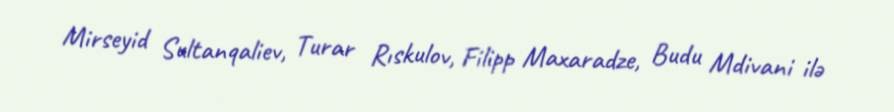
Mirseyid Sultanqaliev, Turar Rıskulov, Filipp Maxaradze, Budu Mdivani ilə